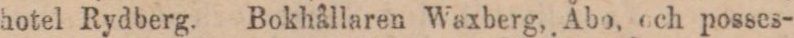
hotel Rydberg. Bokhållaren Waxberg, Åbo, och posses-